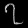
Digit: ၇